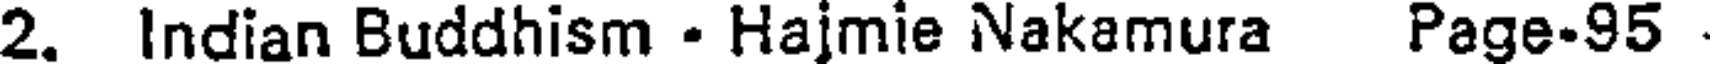
2. Indian Buddhism - Hajmie Nakamura Page-95